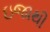
ઇજાથી